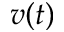
v ( t )